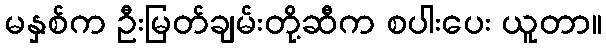
မနှစ်က ဦးမြတ်ချမ်းတို့ဆီက စပါးပေး ယူတာ။